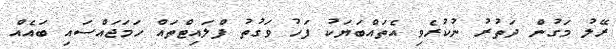
ރޭލު މަގުން ދަތުރު ނުކުރެވި އެތައްބަޔަކު ފަހު ވަގުތު ފްލައިޓްތައް ހަމަޖައްސައި ބައެއް